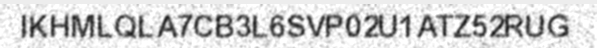
IKHMLQLA7CB3L6SVP02U1ATZ52RUG